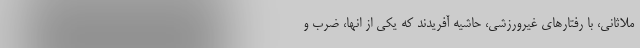
ملاثانی، با رفتارهای غیرورزشی، حاشیه آفریدند که یکی از انها، ضرب و